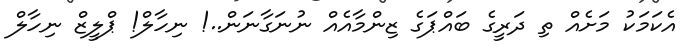
އެކަމަކު މަށެއް ތި ދަރީގެ ބައްޕަގެ ޒިންމާއެއް ނުނަގާނަން..! ނިހާލް! ޕްލީޒް ނިހާލް